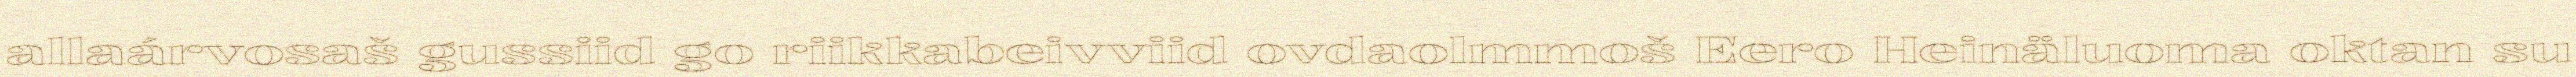
allaárvosaš gussiid go riikkabeivviid ovdaolmmoš Eero Heinäluoma oktan su